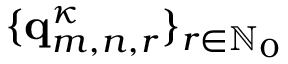
\{ \mathbf { q } _ { m , n , r } ^ { \kappa } \} _ { r \in \ensuremath { \mathbb { N } } _ { 0 } }